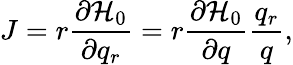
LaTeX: J=r\frac{\partial\mathcal{H}_{0}}{\partial q_{r}}=r\frac{\partial\mathcal{H}_{0}}{\partial q}\frac{q_{r}}{q},